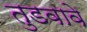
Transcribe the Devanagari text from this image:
तुडवावे